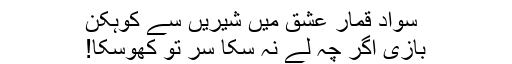
سواد قمار عشق میں شیریں سے کوہکن
بازی اگر چہ لے نہ سکا سر تو کھوسکا!